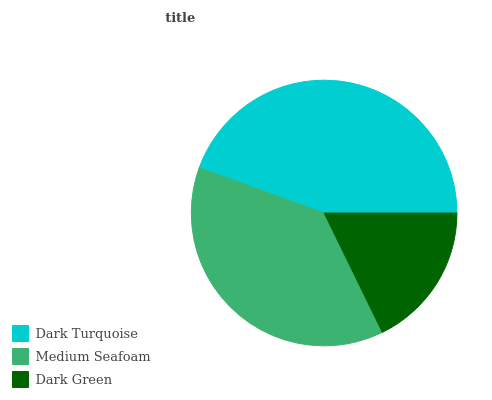
| Dark Turquoise | Medium Seafoam | Dark Green |
 | --- | --- | --- |
 | 44.4% | 37.7% | 17.8% |